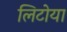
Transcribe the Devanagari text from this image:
लिटोया